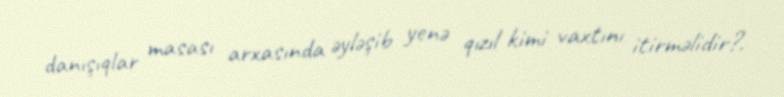
danışıqlar masası arxasında əyləşib yenə qızıl kimi vaxtını itirməlidir?.